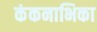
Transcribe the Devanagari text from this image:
कंकनाभिका